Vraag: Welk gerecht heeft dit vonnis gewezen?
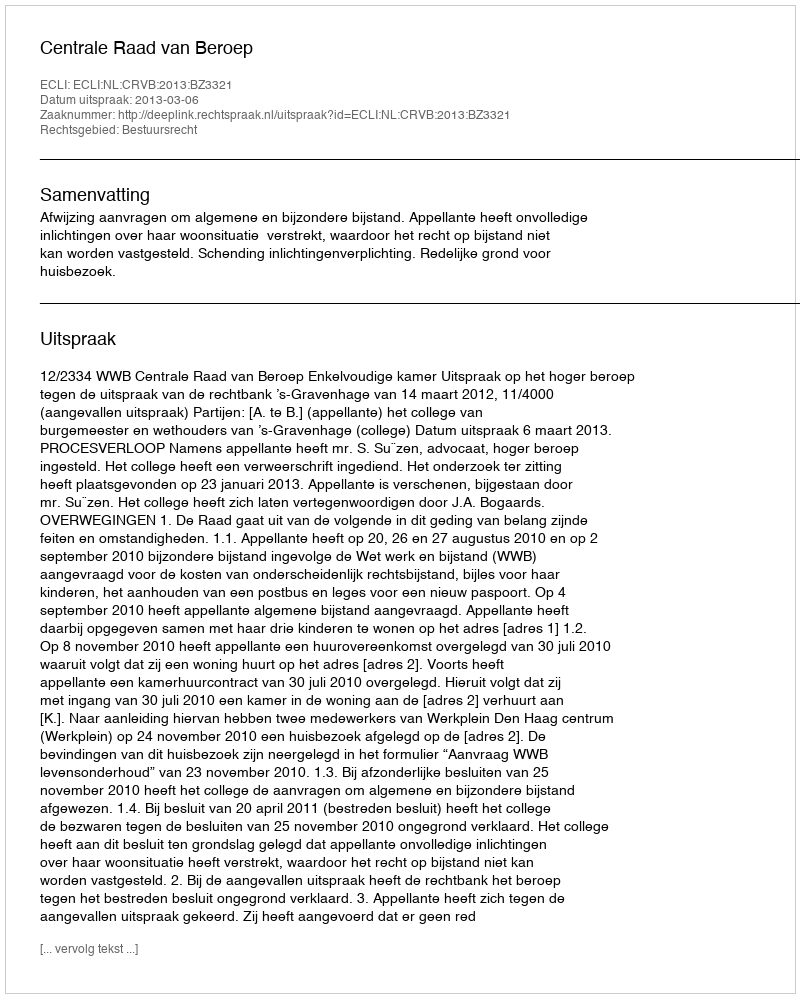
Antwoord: Centrale Raad van Beroep